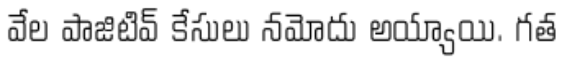
వేల పాజిటివ్ కేసులు నమోదు అయ్యాయి. గత